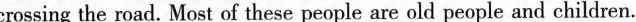
crossing the road. Most of these people are old people and children.